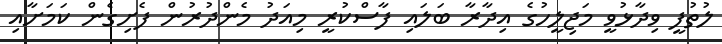
ލުތުފީ ވިދާޅުވީ މަޖިލީހުގެ އިދާރާ ބަލައި ފާސްކުރީ މިއަދު މެންދުރުން ފެށިގެން ކަމަށާއި